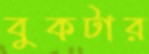
বুকটার